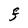
Character: F